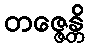
တဇ္ဇေန္တိ